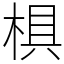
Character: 椇